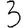
Digit: 3